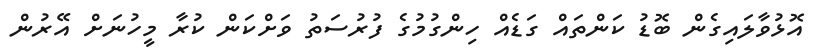
އޮޅުވާލައިގެން ބޮޑު ކަންތައް ގަޑެއް ހިންގުމުގެ ފުރުސަތު ވަށްކަން ކުރާ މީހުނަށް އޭރުން